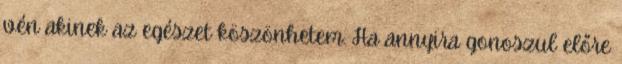
vén akinek az egészet köszönhetem. Ha annyira gonoszul előre